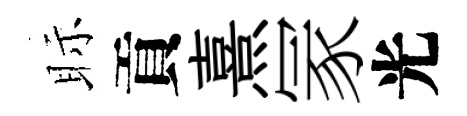
眎貢熹冡光